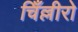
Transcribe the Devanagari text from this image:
चिँल्लीरो